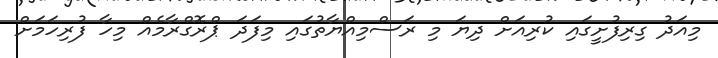
މިއަދު ގިރިފުށީގައި ކުރިއަށް ދިޔަ މި ރަސްމިއްޔާތުގައި މިފަދަ ޕްރޮގްރާމެއް މިހާ ފުރިހަމަށް